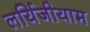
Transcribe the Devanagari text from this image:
लर्यिजीयाम